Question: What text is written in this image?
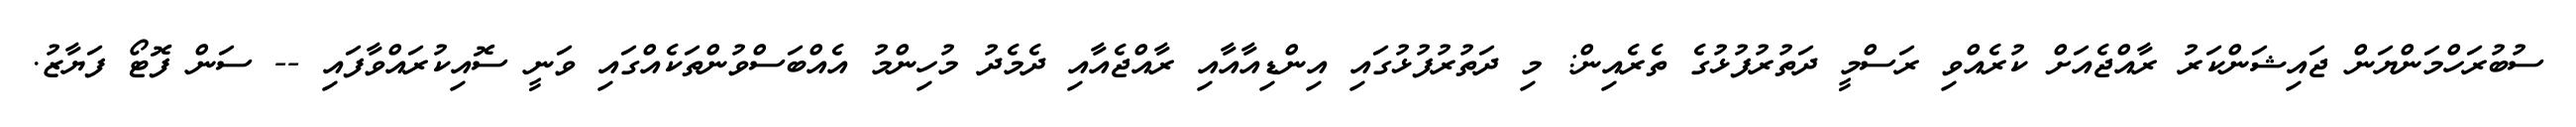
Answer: ސުބުރަހްމަންޔަން ޖައިޝަންކަރު ރާއްޖެއަށް ކުރެއްވި ރަސްމީ ދަތުރުފުޅުގެ ތެރެއިން: މި ދަތުރުފުޅުގައި އިންޑިއާއާއި ރާއްޖެއާއި ދެމެދު މުހިންމު އެއްބަސްވުންތަކެއްގައި ވަނީ ސޮއިކުރައްވާފައި -- ސަން ފޮޓޯ ފަޔާޒު.